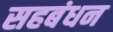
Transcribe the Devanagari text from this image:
सहबंधन